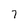
Character: 7